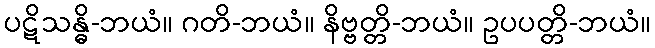
ပဋိသန္ဓိ-ဘယံ။ ဂတိ-ဘယံ။ နိဗ္ဗတ္တိ-ဘယံ။ ဥပပတ္တိ-ဘယံ။